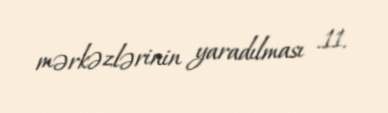
mərkəzlərinin yaradılması .11.